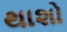
થાશો